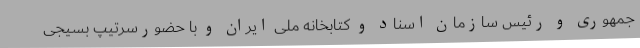
جمهوری و رئیس سازمان اسناد و کتابخانه ملی ایران و با حضورسرتیپ بسیجی